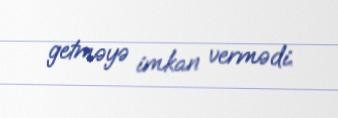
getməyə imkan vermədi.